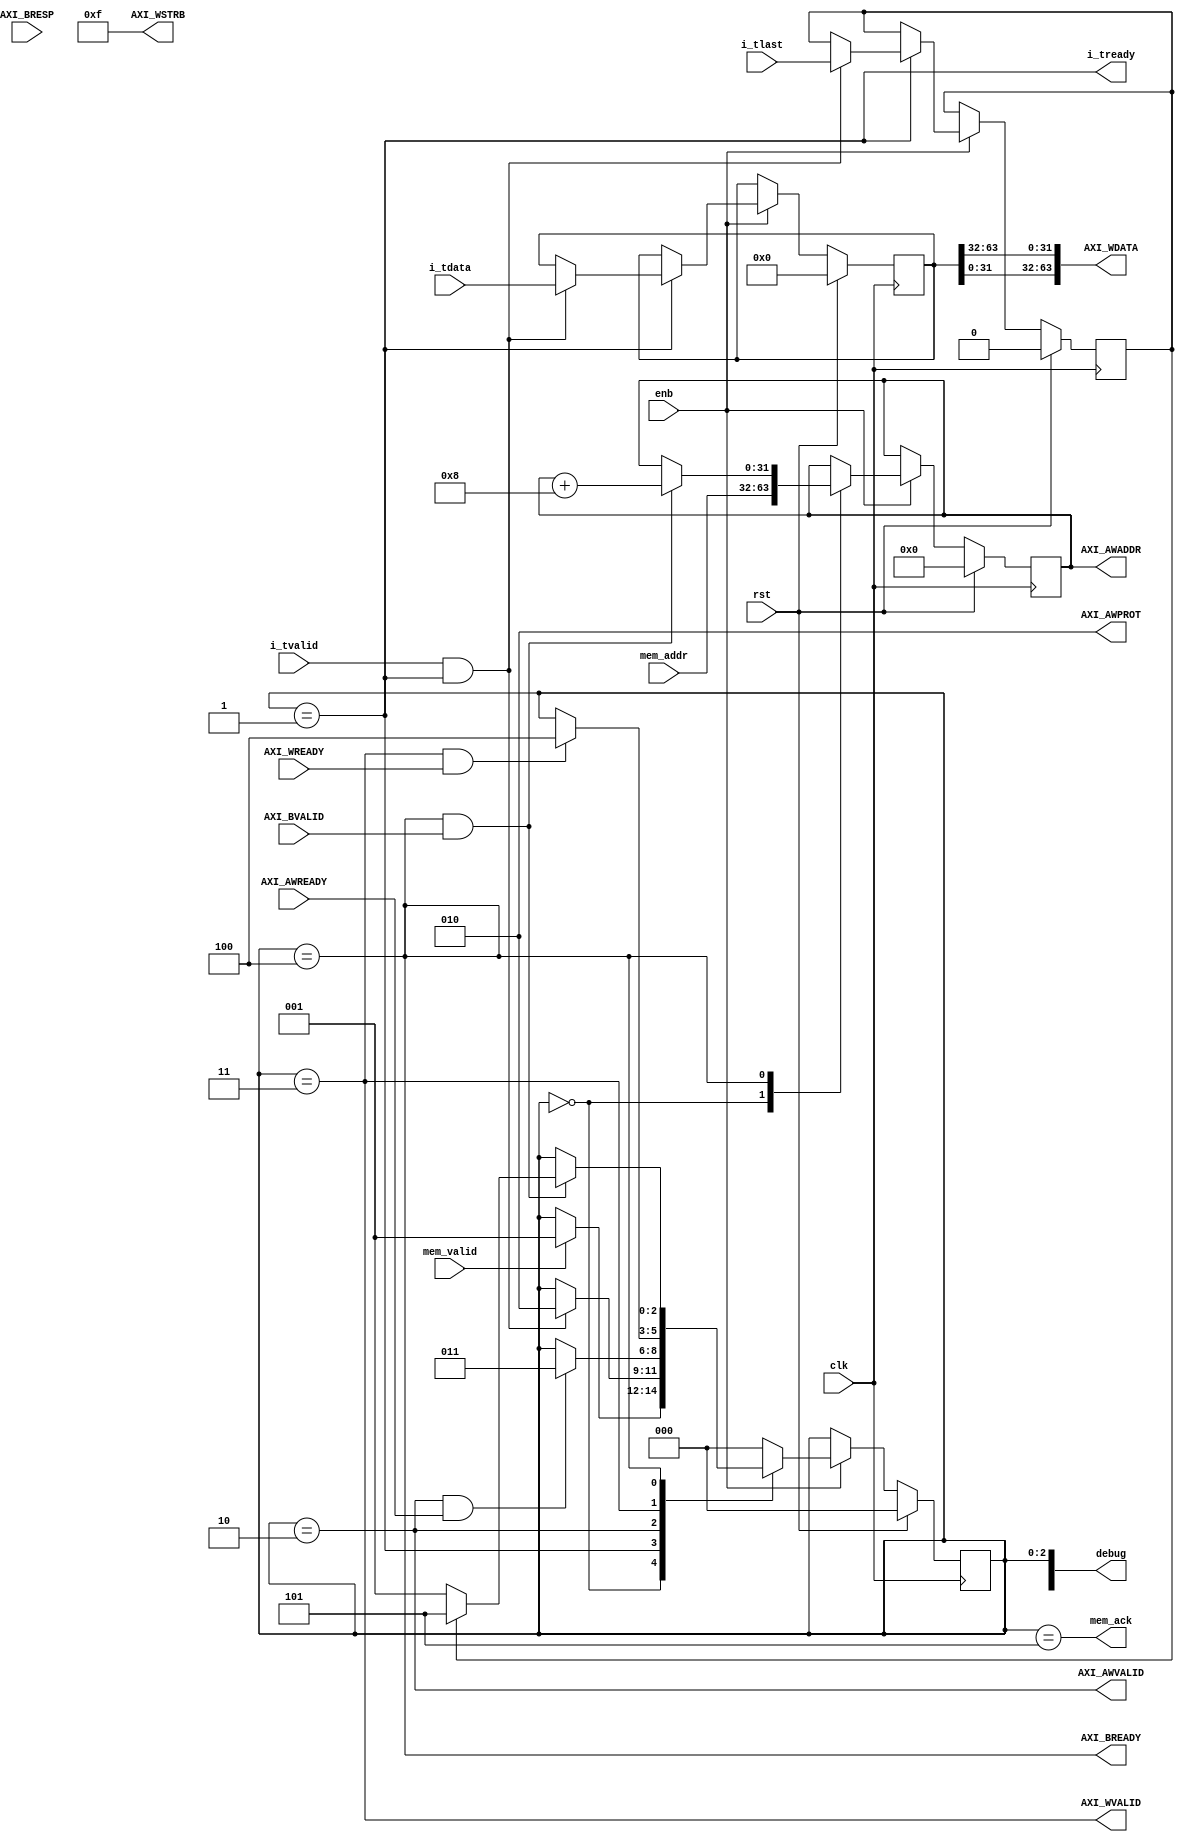
//////////////////////////////////////////////////////////////////////////////////
//
// Copyright Ettus Research LLC
// Copyright 2014 Ettus Research, a National Instruments Company
//
// SPDX-License-Identifier: LGPL-3.0-or-later
//
// The ZYNQ FIFO - read FIFO and write to DDR:
//  - implements write state machine for AXI master on DDR
//  - provides input fifos from external fabric
//////////////////////////////////////////////////////////////////////////////////


//This implementation takes many states to do individual
//64 bit xfers from FIFO to the AXI write master.
//TODO: use axi 4/full with busts,
//in this case we should be able to directly connect the fifo
//to the write lines with much less state machinery.

module zf_stream_to_host
#(
    parameter PROT = 3'b010, //data, non-secure, unpriv
    parameter STRB = 4'b1111 //write all bytes
)
(
    input clk,
    input rst,
    input enb,

    //------------------------------------------------------------------
    //-- DDR write signals - master
    //------------------------------------------------------------------
    output [31:0] AXI_AWADDR,
    output [2:0] AXI_AWPROT,
    output AXI_AWVALID,
    input AXI_AWREADY,
    output [63:0] AXI_WDATA,
    output [3:0] AXI_WSTRB,
    output AXI_WVALID,
    input AXI_WREADY,
    input [1:0] AXI_BRESP,
    input AXI_BVALID,
    output AXI_BREADY,

    //------------------------------------------------------------------
    // FIFO streaming interfaces
    //------------------------------------------------------------------
    input [63:0] i_tdata,
    input i_tlast,
    input i_tvalid,
    output i_tready,

    //------------------------------------------------------------------
    // configuration interface
    //------------------------------------------------------------------
    input [31:0] mem_addr,
    input mem_valid,
    output mem_ack,

    output [31:0] debug
);

////////////////////////////////////////////////////////////////////////
///////////////////////////// Begin R T L //////////////////////////////
////////////////////////////////////////////////////////////////////////

    localparam STATE_WAIT_MEM = 0;
    localparam STATE_READ_LINE = 1;
    localparam STATE_WRITE_ADDR = 2;
    localparam STATE_WRITE_DATA = 3;
    localparam STATE_WRITE_B = 4;
    localparam STATE_DONE = 5;

    reg [31:0] base_addr;
    reg [63:0] line;
    reg last;

    reg [2:0] state;
    always @(posedge clk) begin
        if (rst) begin
            state <= STATE_WAIT_MEM;
            base_addr <= 0;
            line <= 0;
            last <= 0;
        end
        else if (enb) case (state)
        STATE_WAIT_MEM: begin
            if (mem_valid) begin
                state <= STATE_READ_LINE;
            end
            base_addr <= mem_addr;
        end

        STATE_READ_LINE: begin
            if (i_tvalid && i_tready) begin
                line <= i_tdata;
                last <= i_tlast;
                state <= STATE_WRITE_ADDR;
            end
        end

        STATE_WRITE_ADDR: begin
            if (AXI_AWVALID && AXI_AWREADY) begin
                state <= STATE_WRITE_DATA;
            end
        end

        STATE_WRITE_DATA: begin
            if (AXI_WVALID && AXI_WREADY) begin
                state <= STATE_WRITE_B;
            end
        end

        STATE_WRITE_B: begin
            if (AXI_BREADY && AXI_BVALID) begin//FIXME, slave may not assert valid
                if (last) state <= STATE_DONE;
                else state <= STATE_READ_LINE;
                base_addr <= base_addr + 32'h8;
            end
        end

        STATE_DONE: begin
            state <= STATE_WAIT_MEM;
        end

        default: state <= STATE_WAIT_MEM;

        endcase //state
    end

    assign i_tready = (state == STATE_READ_LINE);
    assign mem_ack = (state == STATE_DONE);

    //assign to master write
    assign AXI_AWVALID = (state == STATE_WRITE_ADDR);
    assign AXI_WVALID = (state == STATE_WRITE_DATA);
    assign AXI_AWADDR = base_addr;
    assign AXI_WDATA = {line[31:0], line[63:32]};

    assign AXI_WSTRB  = STRB;
    assign AXI_AWPROT = PROT;
    assign AXI_BREADY = (state == STATE_WRITE_B);

    assign debug[2:0] = state;
    assign debug[4] = mem_valid;
    assign debug[5] = mem_ack;
    assign debug[6] = AXI_AWVALID;
    assign debug[7] = AXI_AWREADY;
    assign debug[8] = AXI_WVALID;
    assign debug[9] = AXI_WREADY;
    assign debug[10] = AXI_BVALID;
    assign debug[11] = AXI_BREADY;

endmodule //zf_stream_to_host